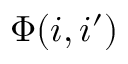
\Phi ( i , i ^ { \prime } )